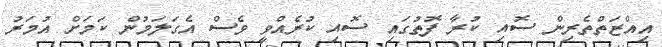
އިއްޒަތްތެރިން ސޮއި ކުރާ ފޮތުގައި ސޮއި ކުރެއްވީ ވެސް އެގަލަމުން ކަމަށް އުމަރު